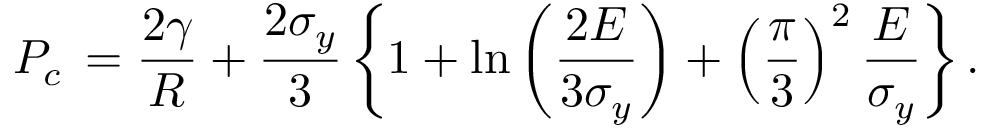
P _ { c } \, = \frac { 2 \gamma } { R } + \frac { 2 \sigma _ { y } } { 3 } \left\{ 1 + \ln \left( \frac { 2 E } { 3 \sigma _ { y } } \right) + \left( \frac { \pi } { 3 } \right) ^ { 2 } \frac { E } { \sigma _ { y } } \right\} .